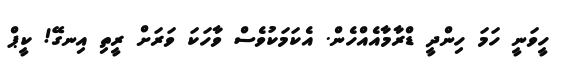
ހީވަނީ ހަމަ ހިންދީ ޑްރާމާއެއްހެން. އެކަމަކުވެސް ވާހަކަ ވަރަށް ރީތި އިނގޭ! ކީޕް